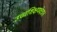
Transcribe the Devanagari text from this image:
उच्चशिक्षणक्षेत्रात